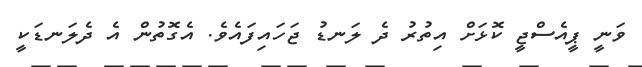
ވަނީ ޕީއެސްޖީ ކޮޅަށް އިތުރު ދެ ލަނޑު ޖަހައިފައެވެ. އެގޮތުން އެ ދެލަނޑަކީ